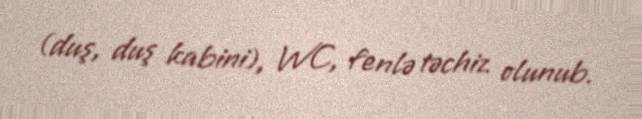
(duş, duş kabini), WC, fenlə təchiz olunub.